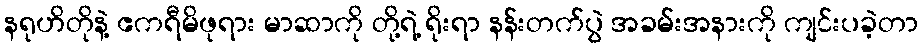
နရုဟိတိုနဲ့ ဧကရီမိဖုရား မာဆာကို တို့ရဲ့ ရိုးရာ နန်းတက်ပွဲ အခမ်းအနားကို ကျင်းပခဲ့တာ